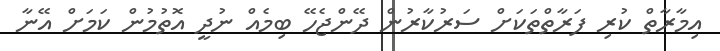
އިމާރާތް ކުރި ފަރާތްތަކަށް ސަރުކާރުން ދޭންޖެހޭ ބިމެއް ނުދީ އޮތުމުން ކަމަށް އޭނާ